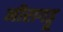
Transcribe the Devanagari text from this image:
नीरागड्डू